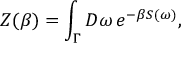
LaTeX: Z ( \beta ) = \int _ { \Gamma } { \cal D } \omega \, e ^ { - \beta S ( \omega ) } ,